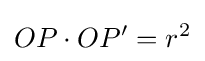
OP\cdot OP^{\prime }=r^{2}